Distribution and causation of leprosy in British India
Year: 1875
Disease focus: Leprosy
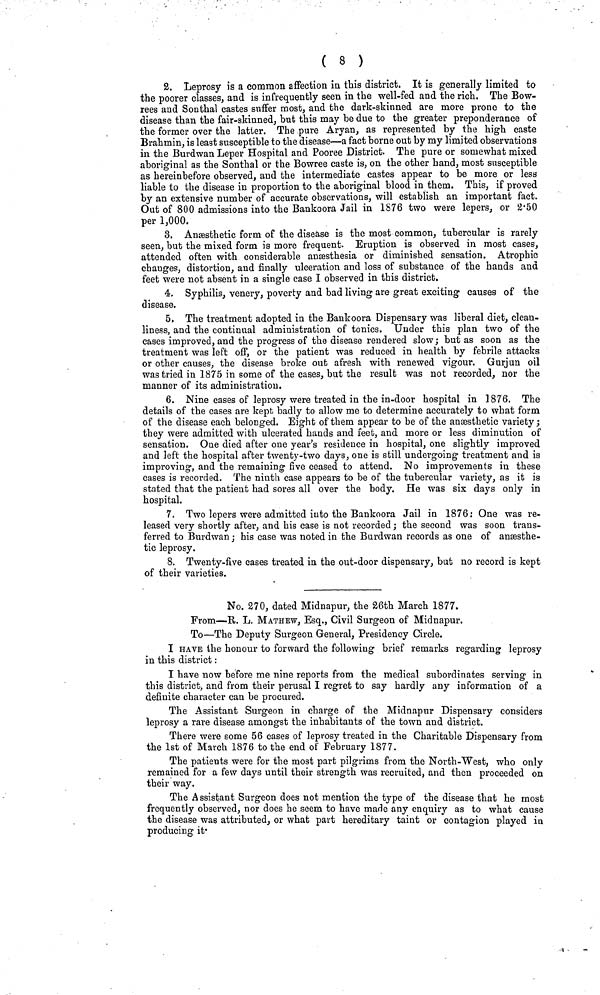
( 8 )
2. Leprosy is a common affection in this district. It is generally limited to
the poorer classes, and is infrequently seen in the well-fed and the rich. The Bow-
rees and Sonthal castes suffer most, and the dark-skinned are more prone to the
disease than the fair-skinned, but this may be due to the greater preponderance of
the former over the latter. The pure Aryan, as represented by the high caste
Brahmin, is least susceptible to the disease—a fact borne out by my limited observations
in the Burdwan Leper Hospital and Pooree District. The pure or somewhat mixed
aboriginal as the Sonthal or the Bowree caste is, on the other hand, most susceptible
as hereinbefore observed, and the intermediate castes appear to be more or less
liable to the disease in proportion to the aboriginal blood in them. This, if proved
by an extensive number of accurate observations, will establish an important fact.
Out of 800 admissions into the Bankoora Jail in 1876 two were lepers, or 2·50
per 1,000.
3. Anæsthetic form of the disease is the most common, tubercular is rarely
seen, but the mixed form is more frequent. Eruption is observed in most cases,
attended often with considerable anæsthesia or diminished sensation. Atrophie
changes, distortion, and finally ulceration and loss of substance of the hands and
feet were not absent in a single case I observed in this district.
4. Syphilis, venery, poverty and bad living are great exciting causes of the
disease.
5. The treatment adopted in the Bankoora Dispensary was liberal diet, clean-
liness, and the continual administration of tonics. Under this plan two of the
cases improved, and the progress of the disease rendered slow; but as soon as the
treatment was left off, or the patient was reduced in health by febrile attacks
or other causes, the disease broke out afresh with renewed vigour. Gurjun oil
was tried in 1875 in some of the cases, but the result was not recorded, nor the
manner of its administration.
6. Nine cases of leprosy were treated in the in-door hospital in 1876. The
details of the cases are kept badly to allow me to determine accurately to what form
of the disease each belonged. Eight of them appear to be of the anæsthetic variety;
they were admitted with ulcerated hands and feet, and more or less diminution of
sensation. One died after one year's residence in hospital, one slightly improved
and left the hospital after twenty-two days, one is still undergoing treatment and is
improving, and the remaining five ceased to attend. No improvements in these
cases is recorded. The ninth case appears to be of the tubercular variety, as it is
stated that the patient had sores all over the body. He was six days only in
hospital.
7. Two lepers were admitted iuto the Bankoora Jail in 1876: One was re-
leased very shortly after, and his case is not recorded ; the second was soon trans-
ferred to Burdwan; his case was noted in the Burdwan records as one of anæsthe-
tic leprosy.
8. Twenty-five cases treated in the out-door dispensary, but no record is kept
of their varieties.
No. 270, dated Midnapur, the 26th March 1877.
From—B. L. MATHEW, Esq., Civil Surgeon of Midnapur.
To—The Deputy Surgeon General, Presidency Circle.
I HAVE the honour to forward the following brief remarks regarding leprosy
in this district :
I have now before me nine reports from the medical subordinates serving in
this district, and from their perusal I regret to say hardly any information of a
definite character can be procured.
The Assistant Surgeon in charge of the Midnapur Dispensary considers
leprosy a rare disease amongst the inhabitants of the town and district.
There were some 56 cases of leprosy treated in the Charitable Dispensary from
the 1st of March 1876 to the end of February 1877.
The patients were for the most part pilgrims from the North-West, who only
remained for a few days until their strength was recruited, and then proceeded on
their way.
The Assistant Surgeon does not mention the type of the disease that he most
frequently observed, nor does he seem to have made any enquiry as to what cause
the disease was attributed, or what part hereditary taint or contagion played in
producing it-